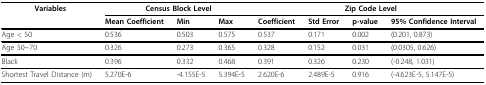
| Variables | <COLSPAN=3> Census Block Level | <COLSPAN=4> Zip Code Level |
 |  | Mean Coefficient | Min | Max | Coefficient | Std Error | p-value | 95% Confidence Interval |
 | --- | --- | --- | --- | --- | --- | --- | --- |
 | Age < 50 | 0.536 | 0.503 | 0.575 | 0.537 | 0.171 | 0.002 | (0.201, 0.873) |
 | Age 50~70 | 0.326 | 0.273 | 0.365 | 0.328 | 0.152 | 0.031 | (0.0305, 0.626) |
 | Black | 0.396 | 0.332 | 0.468 | 0.391 | 0.326 | 0.230 | (-0.248, 1.031) |
 | Shortest Travel Distance (m) | 5.270E-6 | -4.155E-5 | 5.394E-5 | 2.620E-6 | 2.489E-5 | 0.916 | (-4.623E-5, 5.147E-5) |